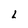
Character: L